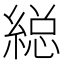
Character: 縂